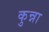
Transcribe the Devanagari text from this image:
कुन्ना